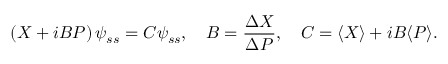
\left( X + i B P \right) \psi _ { s s } = C \psi _ { s s } , ~ ~ ~ B = \frac { \Delta X } { \Delta P } , ~ ~ ~ C = \langle X \rangle + i B \langle P \rangle .